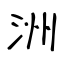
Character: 洲